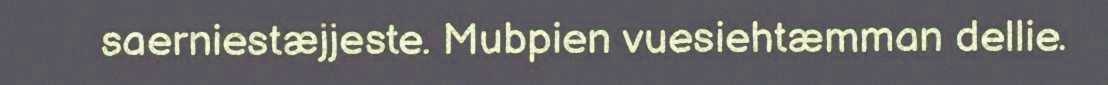
saerniestæjjeste. Mubpien vuesiehtæmman dellie.